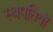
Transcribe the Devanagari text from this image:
स्थपतियों